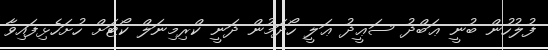
ފުލުހުން ބުނީ ޢަބްދު ސަޢީދު ޢަލީ ހޯދަމުން ދަނީ ކްރިމިނަލް ކޯޓަށް ހުށަހެޅިފައިވާ